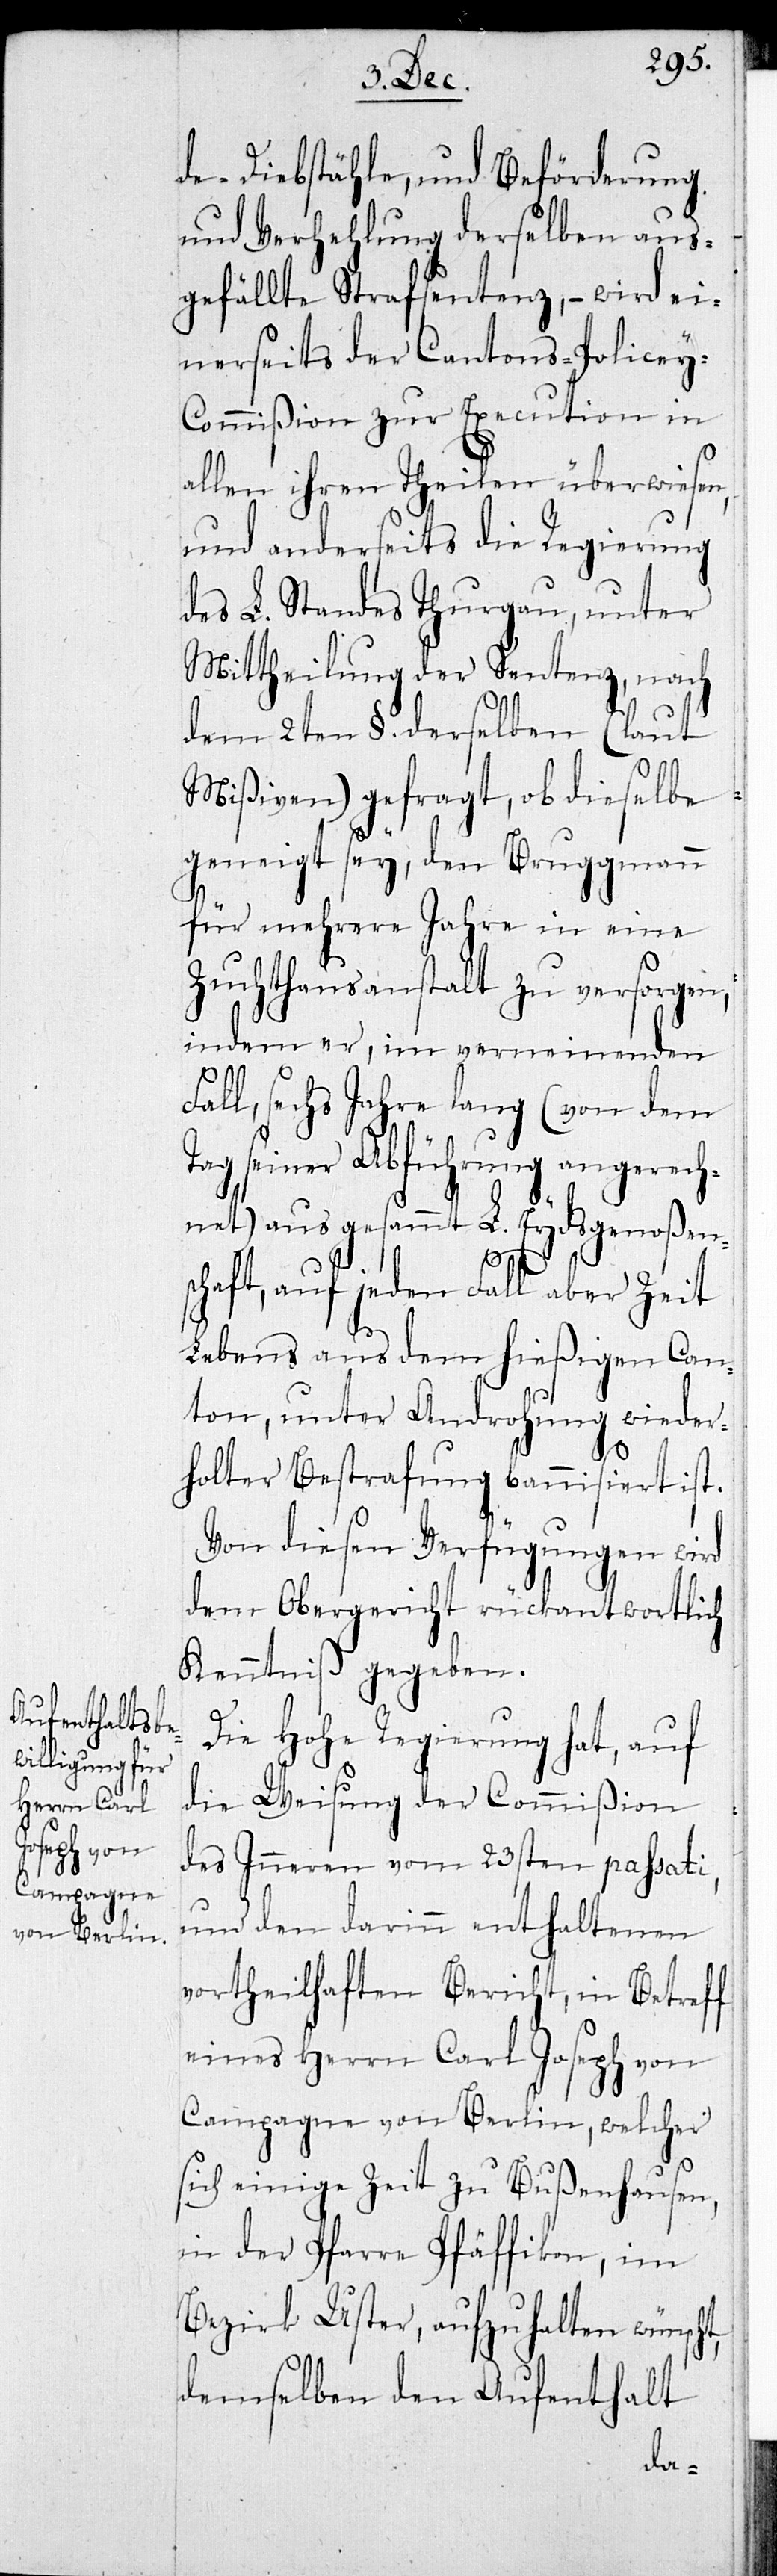
de-Diebstähle, und Beförderung
und Verhehlung derselben aus¬
gefällte Strafsentenz, – wird ei¬
nerseits der Cantons-Polizey-C¬
ommißion zur Execution in
allen ihren Theilen überwiesen,
und anderseits die Regierung
des L. Standes Thurgau, unter
Mittheilung der Sentenz, nach
dem 2ten §. derselben (laut
Mißiven) gefragt, ob dieselbe
geneigt sey, den Bruggmann
für mehrere Jahre in eine
Zuchthausanstalt zu versorgen;
indem er, im verneinenden
Fall, sechs Jahre lang (von dem
Tag seiner Abführung angerech¬
net) aus gesammt L. Eydsgenoßen¬
schaft, auf jeden Fall aber Zeit
Lebens aus dem hießigen Can¬
ton, unter Androhung wieder¬
holter Bestrafung bannisiert ist.
Von diesen Verfügungen wird
dem Obergericht rückantwortlich
Kenntniß gegeben.
Die Hohe Regierung hat, auf
die Weisung der Commißion
des Inneren vom 23sten passati
und den darin enthaltenen
vortheilhaften Bericht, in Betreff
eines Herrn Carl Joseph von
Campagne von Berlin, welcher
sich einige Zeit zu Bußenhausen,
in der Pfarre Pfäffikon, im
Bezirk Uster, aufzuhalten wünscht,
demselben den Aufenthalt